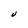
Character: J